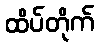
ထိပ်တိုက်